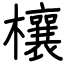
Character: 欀